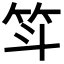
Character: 𫁵